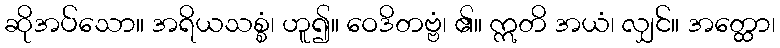
ဆိုအပ်သော။ အရိယသစ္စံ၊ ဟူ၍။ ဝေဒိတဗ္ဗံ၊ ၏။ ဣတိ အယံ၊ လျှင်။ အတ္ထော၊